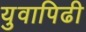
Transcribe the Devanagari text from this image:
युवापिढी